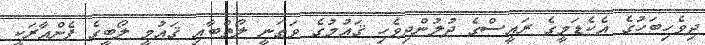
ދިވެހިބަހުގެ އެކެޑަމީގެ ރައީސްގެ ދުލުންދިވެހި ޤައުމުގެ ވަޠަނީ ލޯތްބާއި ޤައުމީ ލޯބީގެ ފެންއާރަކީ